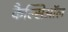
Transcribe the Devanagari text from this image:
कैल्सिऑल